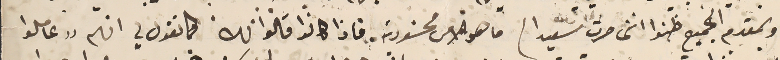
وبمقدم الجميع ظنوا اننى صرت سًعيدا) ما هو الامن محسَودية. فاذا كانوا قالوا لك كما نقول لي انهم "عاملوا